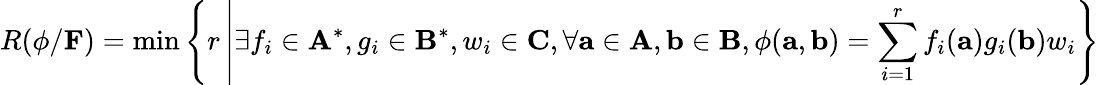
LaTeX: R(\phi/\mathbf{F})=\operatorname*{min}\left\{ r\left|\exists f_{i}\in\mathbf{A}^{*},g_{i}\in\mathbf{B}^{*},w_{i}\in\mathbf{C},\forall\mathbf{a}\in\mathbf{A},\mathbf{b}\in\mathbf{B},\phi(\mathbf{a},\mathbf{b})=\sum_{i=1}^{r}f_{i}(\mathbf{a})g_{i}(\mathbf{b})w_{i}\right.\right\}